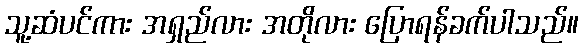
သူ့ဆံပင်ကား အရှည်လား အတိုလား ပြောရန်ခက်ပါသည်။